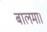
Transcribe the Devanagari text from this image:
बालमा।